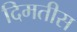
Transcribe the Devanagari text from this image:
दिमतीस